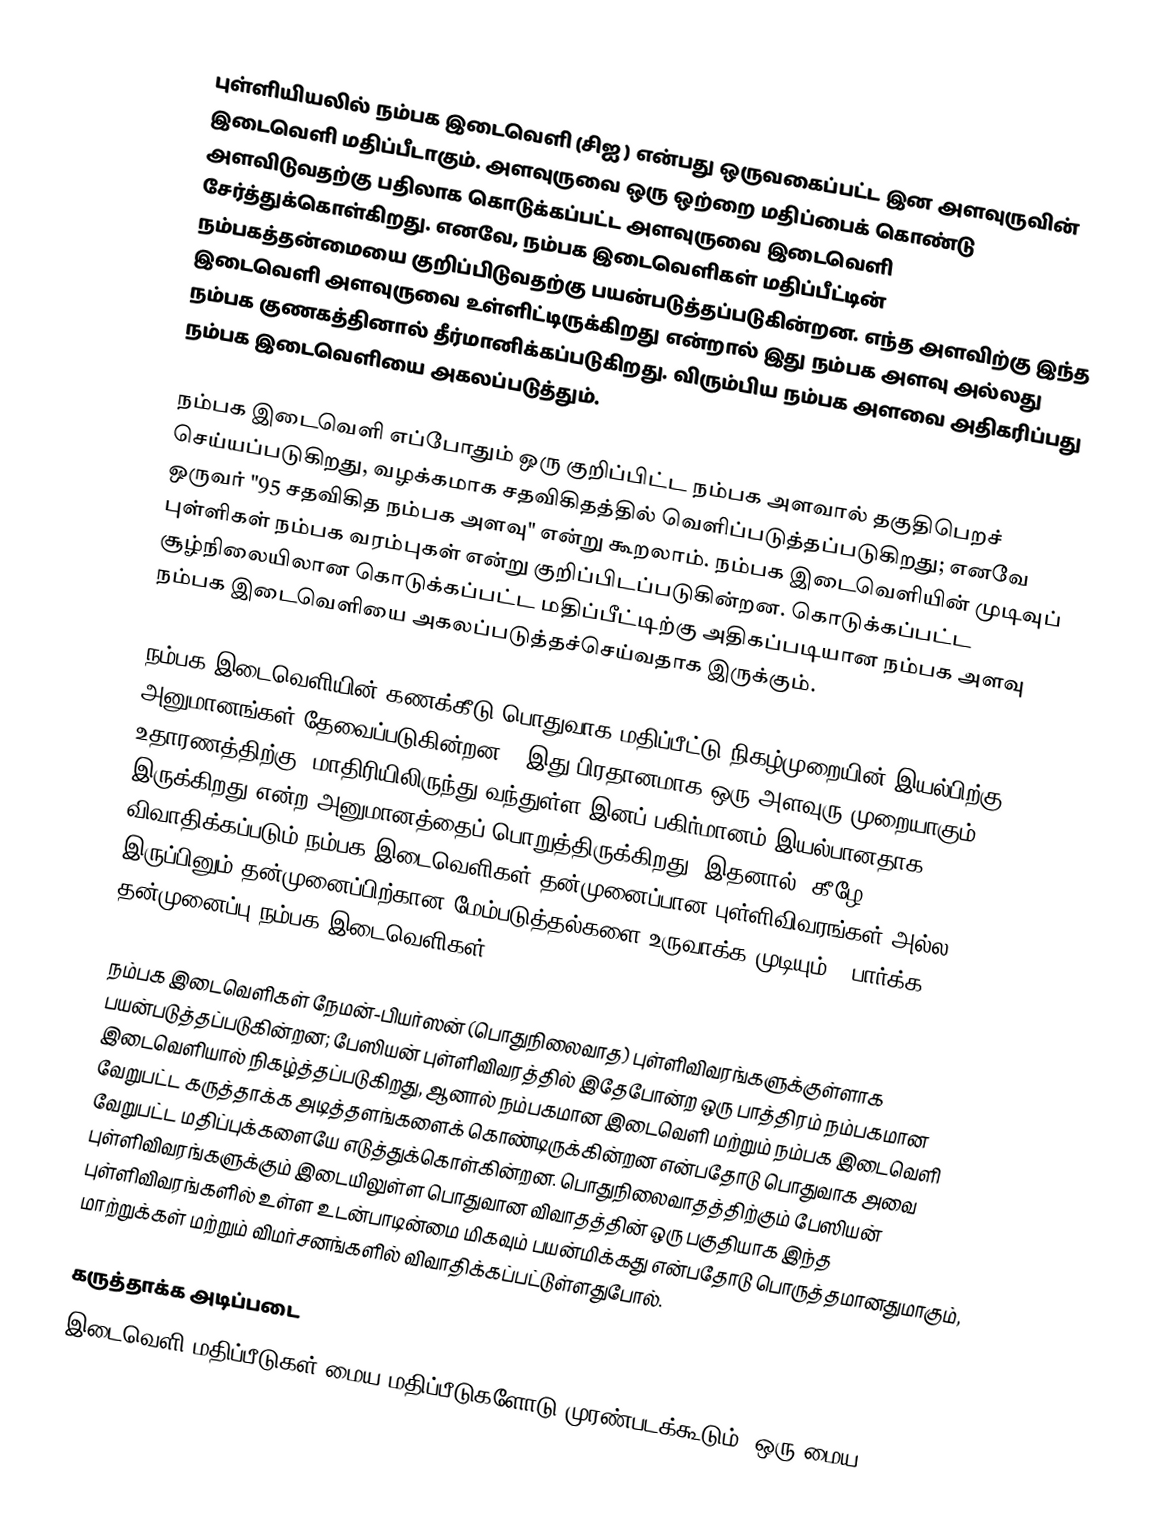
புள்ளியியலில் நம்பக இடைவெளி (சிஐ ) என்பது ஒருவகைப்பட்ட இன அளவுருவின் இடைவெளி மதிப்பீடாகும். அளவுருவை ஒரு ஒற்றை மதிப்பைக் கொண்டு அளவிடுவதற்கு பதிலாக கொடுக்கப்பட்ட அளவுருவை இடைவெளி சேர்த்துக்கொள்கிறது. எனவே, நம்பக இடைவெளிகள் மதிப்பீட்டின் நம்பகத்தன்மையை குறிப்பிடுவதற்கு பயன்படுத்தப்படுகின்றன. எந்த அளவிற்கு இந்த இடைவெளி அளவுருவை உள்ளிட்டிருக்கிறது என்றால் இது நம்பக அளவு அல்லது நம்பக குணகத்தினால் தீர்மானிக்கப்படுகிறது. விரும்பிய நம்பக அளவை அதிகரிப்பது நம்பக இடைவெளியை அகலப்படுத்தும்.

நம்பக இடைவெளி எப்போதும் ஒரு குறிப்பிட்ட நம்பக அளவால் தகுதிபெறச் செய்யப்படுகிறது, வழக்கமாக சதவிகிதத்தில் வெளிப்படுத்தப்படுகிறது; எனவே ஒருவர் "95 சதவிகித நம்பக அளவு" என்று கூறலாம். நம்பக இடைவெளியின் முடிவுப் புள்ளிகள் நம்பக வரம்புகள் என்று குறிப்பிடப்படுகின்றன. கொடுக்கப்பட்ட சூழ்நிலையிலான கொடுக்கப்பட்ட மதிப்பீட்டிற்கு அதிகப்படியான நம்பக அளவு நம்பக இடைவெளியை அகலப்படுத்தச்செய்வதாக இருக்கும்.

நம்பக இடைவெளியின் கணக்கீடு பொதுவாக மதிப்பீட்டு நிகழ்முறையின் இயல்பிற்கு அனுமானங்கள் தேவைப்படுகின்றன - இது பிரதானமாக ஒரு அளவுரு முறையாகும் - உதாரணத்திற்கு, மாதிரியிலிருந்து வந்துள்ள இனப் பகிர்மானம் இயல்பானதாக இருக்கிறது என்ற அனுமானத்தைப் பொறுத்திருக்கிறது. இதனால், கீழே விவாதிக்கப்படும் நம்பக இடைவெளிகள் தன்முனைப்பான புள்ளிவிவரங்கள் அல்ல, இருப்பினும் தன்முனைப்பிற்கான மேம்படுத்தல்களை உருவாக்க முடியும் - பார்க்க தன்முனைப்பு நம்பக இடைவெளிகள்.

நம்பக இடைவெளிகள் நேமன்-பியர்ஸன் (பொதுநிலைவாத) புள்ளிவிவரங்களுக்குள்ளாக பயன்படுத்தப்படுகின்றன; பேஸியன் புள்ளிவிவரத்தில் இதேபோன்ற ஒரு பாத்திரம் நம்பகமான இடைவெளியால் நிகழ்த்தப்படுகிறது, ஆனால் நம்பகமான இடைவெளி மற்றும் நம்பக இடைவெளி வேறுபட்ட கருத்தாக்க அடித்தளங்களைக் கொண்டிருக்கின்றன என்பதோடு பொதுவாக அவை வேறுபட்ட மதிப்புக்களையே எடுத்துக்கொள்கின்றன. பொதுநிலைவாதத்திற்கும் பேஸியன் புள்ளிவிவரங்களுக்கும் இடையிலுள்ள பொதுவான விவாதத்தின் ஒரு பகுதியாக இந்த புள்ளிவிவரங்களில் உள்ள உடன்பாடின்மை மிகவும் பயன்மிக்கது என்பதோடு பொருத்தமானதுமாகும், மாற்றுக்கள் மற்றும் விமர்சனங்களில் விவாதிக்கப்பட்டுள்ளதுபோல்.

கருத்தாக்க அடிப்படை
 இடைவெளி மதிப்பீடுகள் மைய மதிப்பீடுகளோடு முரண்படக்கூடும். ஒரு மைய